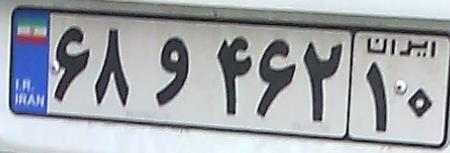
۶۸و۴۶۲۱۰